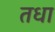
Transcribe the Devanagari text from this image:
तधा